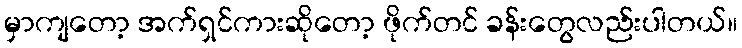
မှာကျတော့ အက်ရှင်ကားဆိုတော့ ဖိုက်တင် ခန်းတွေလည်းပါတယ်။